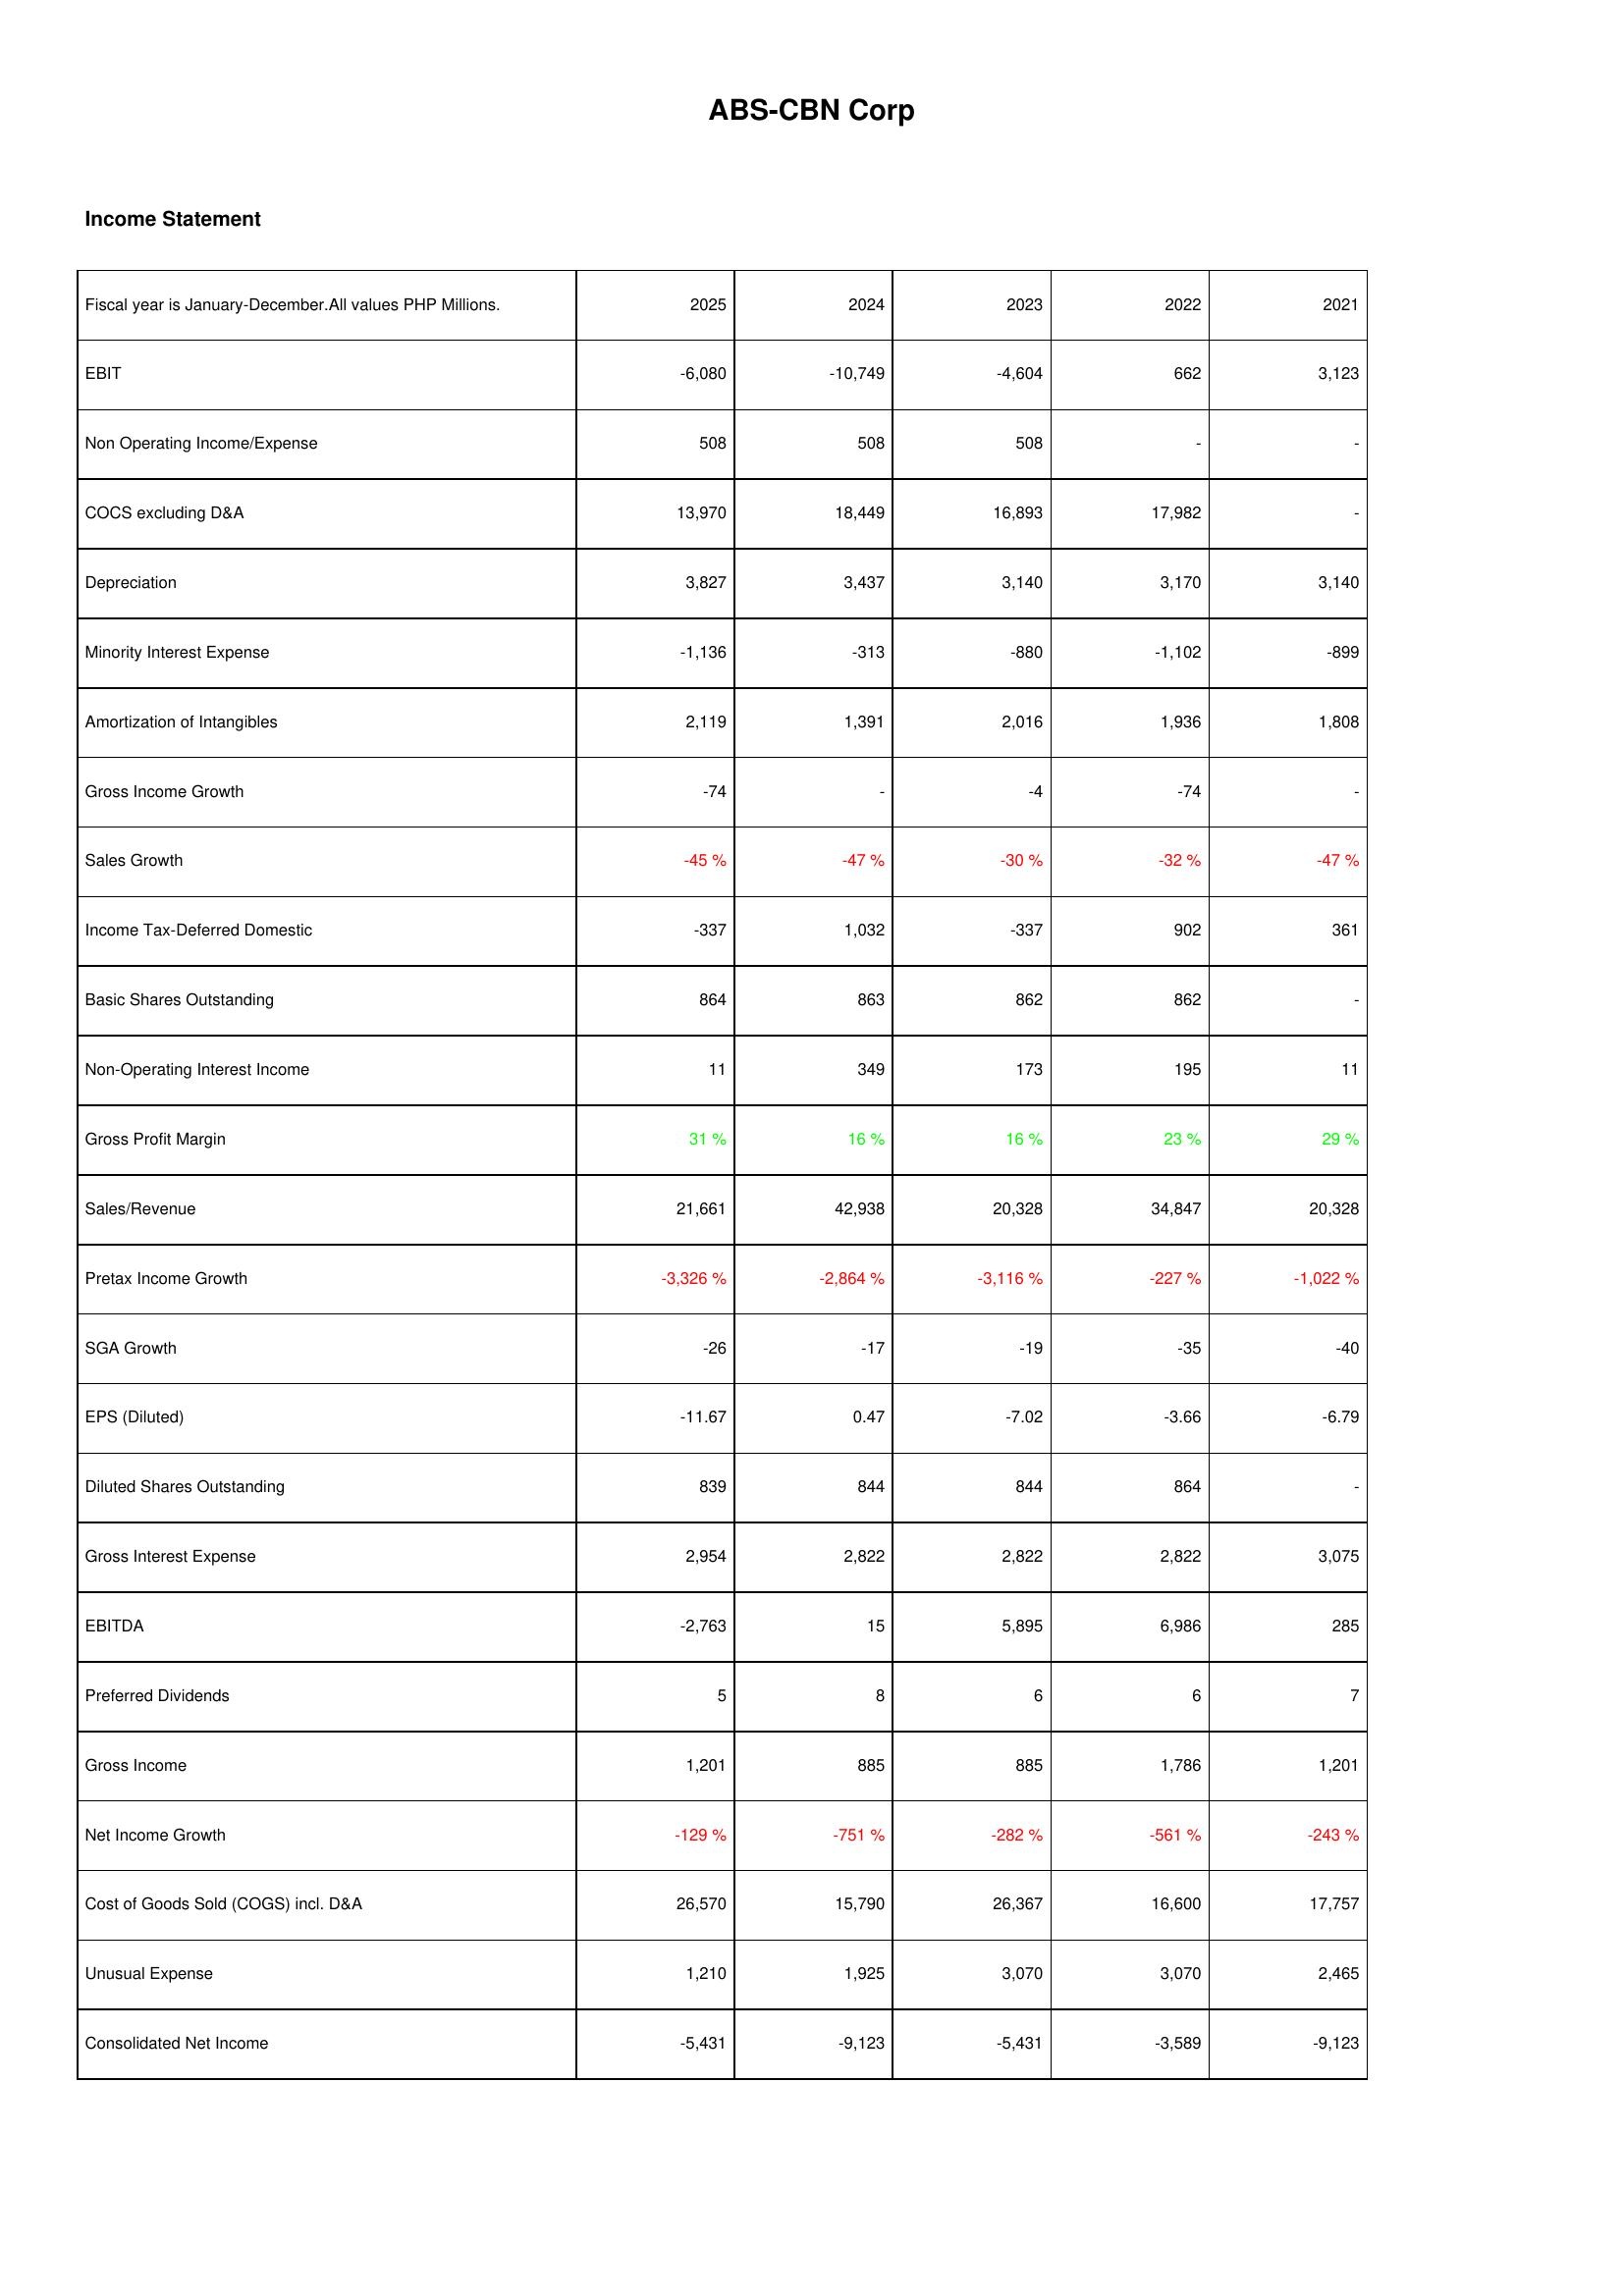
2025: Income Statement: EBIT: -6,080
Non Operating Income/Expense: 508
COCS excluding D&A: 13,970
Depreciation: 3,827
Minority Interest Expense: -1,136
Amortization of Intangibles: 2,119
Gross Income Growth: -74
Sales Growth: -45 %
Income Tax-Deferred Domestic: -337
Basic Shares Outstanding: 864
Non-Operating Interest Income: 11
Gross Profit Margin: 31 %
Sales/Revenue: 21,661
Pretax Income Growth: -3,326 %
SGA Growth: -26
EPS (Diluted): -11.67
Diluted Shares Outstanding: 839
Gross Interest Expense: 2,954
EBITDA: -2,763
Preferred Dividends: 5
Gross Income: 1,201
Net Income Growth: -129 %
Cost of Goods Sold (COGS) incl. D&A: 26,570
Unusual Expense: 1,210
Consolidated Net Income: -5,431
2024: Income Statement: EBIT: -10,749
Non Operating Income/Expense: 508
COCS excluding D&A: 18,449
Depreciation: 3,437
Minority Interest Expense: -313
Amortization of Intangibles: 1,391
Gross Income Growth: -
Sales Growth: -47 %
Income Tax-Deferred Domestic: 1,032
Basic Shares Outstanding: 863
Non-Operating Interest Income: 349
Gross Profit Margin: 16 %
Sales/Revenue: 42,938
Pretax Income Growth: -2,864 %
SGA Growth: -17
EPS (Diluted): 0.47
Diluted Shares Outstanding: 844
Gross Interest Expense: 2,822
EBITDA: 15
Preferred Dividends: 8
Gross Income: 885
Net Income Growth: -751 %
Cost of Goods Sold (COGS) incl. D&A: 15,790
Unusual Expense: 1,925
Consolidated Net Income: -9,123
2023: Income Statement: EBIT: -4,604
Non Operating Income/Expense: 508
COCS excluding D&A: 16,893
Depreciation: 3,140
Minority Interest Expense: -880
Amortization of Intangibles: 2,016
Gross Income Growth: -4
Sales Growth: -30 %
Income Tax-Deferred Domestic: -337
Basic Shares Outstanding: 862
Non-Operating Interest Income: 173
Gross Profit Margin: 16 %
Sales/Revenue: 20,328
Pretax Income Growth: -3,116 %
SGA Growth: -19
EPS (Diluted): -7.02
Diluted Shares Outstanding: 844
Gross Interest Expense: 2,822
EBITDA: 5,895
Preferred Dividends: 6
Gross Income: 885
Net Income Growth: -282 %
Cost of Goods Sold (COGS) incl. D&A: 26,367
Unusual Expense: 3,070
Consolidated Net Income: -5,431
2022: Income Statement: EBIT: 662
Non Operating Income/Expense: -
COCS excluding D&A: 17,982
Depreciation: 3,170
Minority Interest Expense: -1,102
Amortization of Intangibles: 1,936
Gross Income Growth: -74
Sales Growth: -32 %
Income Tax-Deferred Domestic: 902
Basic Shares Outstanding: 862
Non-Operating Interest Income: 195
Gross Profit Margin: 23 %
Sales/Revenue: 34,847
Pretax Income Growth: -227 %
SGA Growth: -35
EPS (Diluted): -3.66
Diluted Shares Outstanding: 864
Gross Interest Expense: 2,822
EBITDA: 6,986
Preferred Dividends: 6
Gross Income: 1,786
Net Income Growth: -561 %
Cost of Goods Sold (COGS) incl. D&A: 16,600
Unusual Expense: 3,070
Consolidated Net Income: -3,589
2021: Income Statement: EBIT: 3,123
Non Operating Income/Expense: -
COCS excluding D&A: -
Depreciation: 3,140
Minority Interest Expense: -899
Amortization of Intangibles: 1,808
Gross Income Growth: -
Sales Growth: -47 %
Income Tax-Deferred Domestic: 361
Basic Shares Outstanding: -
Non-Operating Interest Income: 11
Gross Profit Margin: 29 %
Sales/Revenue: 20,328
Pretax Income Growth: -1,022 %
SGA Growth: -40
EPS (Diluted): -6.79
Diluted Shares Outstanding: -
Gross Interest Expense: 3,075
EBITDA: 285
Preferred Dividends: 7
Gross Income: 1,201
Net Income Growth: -243 %
Cost of Goods Sold (COGS) incl. D&A: 17,757
Unusual Expense: 2,465
Consolidated Net Income: -9,123